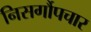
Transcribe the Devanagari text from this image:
निसर्गौपचार